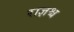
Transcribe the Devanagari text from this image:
राज्ञश्च